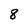
Character: 8